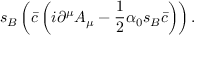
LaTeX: s _ { B } \left( { \bar { c } } \left( i \partial ^ { \mu } A _ { \mu } - { \frac { 1 } { 2 } } \alpha _ { 0 } s _ { B } { \bar { c } } \right) \right) .